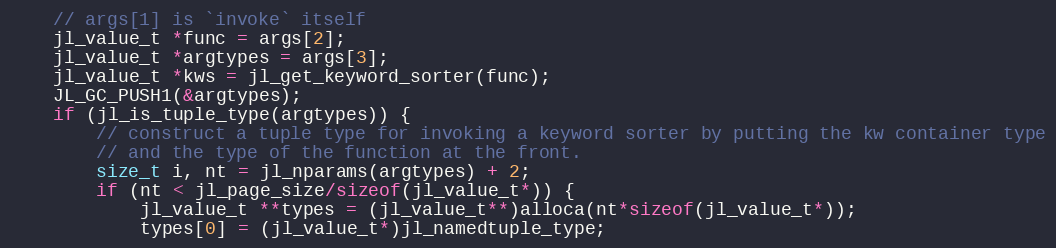
Language: C
    // args[1] is `invoke` itself
    jl_value_t *func = args[2];
    jl_value_t *argtypes = args[3];
    jl_value_t *kws = jl_get_keyword_sorter(func);
    JL_GC_PUSH1(&argtypes);
    if (jl_is_tuple_type(argtypes)) {
        // construct a tuple type for invoking a keyword sorter by putting the kw container type
        // and the type of the function at the front.
        size_t i, nt = jl_nparams(argtypes) + 2;
        if (nt < jl_page_size/sizeof(jl_value_t*)) {
            jl_value_t **types = (jl_value_t**)alloca(nt*sizeof(jl_value_t*));
            types[0] = (jl_value_t*)jl_namedtuple_type;